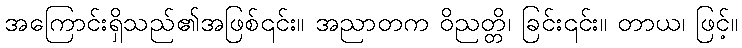
အကြောင်းရှိသည်၏အဖြစ်၎င်း။ အညာတက ဝိညတ္တိ၊ ခြင်း၎င်း။ တာယ၊ ဖြင့်။